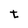
Character: t